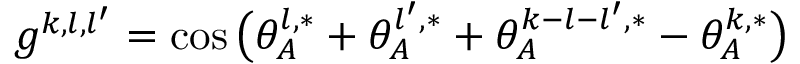
g ^ { k , l , l ^ { \prime } } = \cos \big ( \theta _ { A } ^ { l , * } + \theta _ { A } ^ { l ^ { \prime } , * } + \theta _ { A } ^ { k - { l } - { l ^ { \prime } } , * } - \theta _ { A } ^ { k , * } \big )